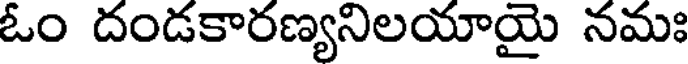
ఓం దండకారణ్యనిలయాయై నమః